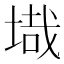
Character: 𭎶